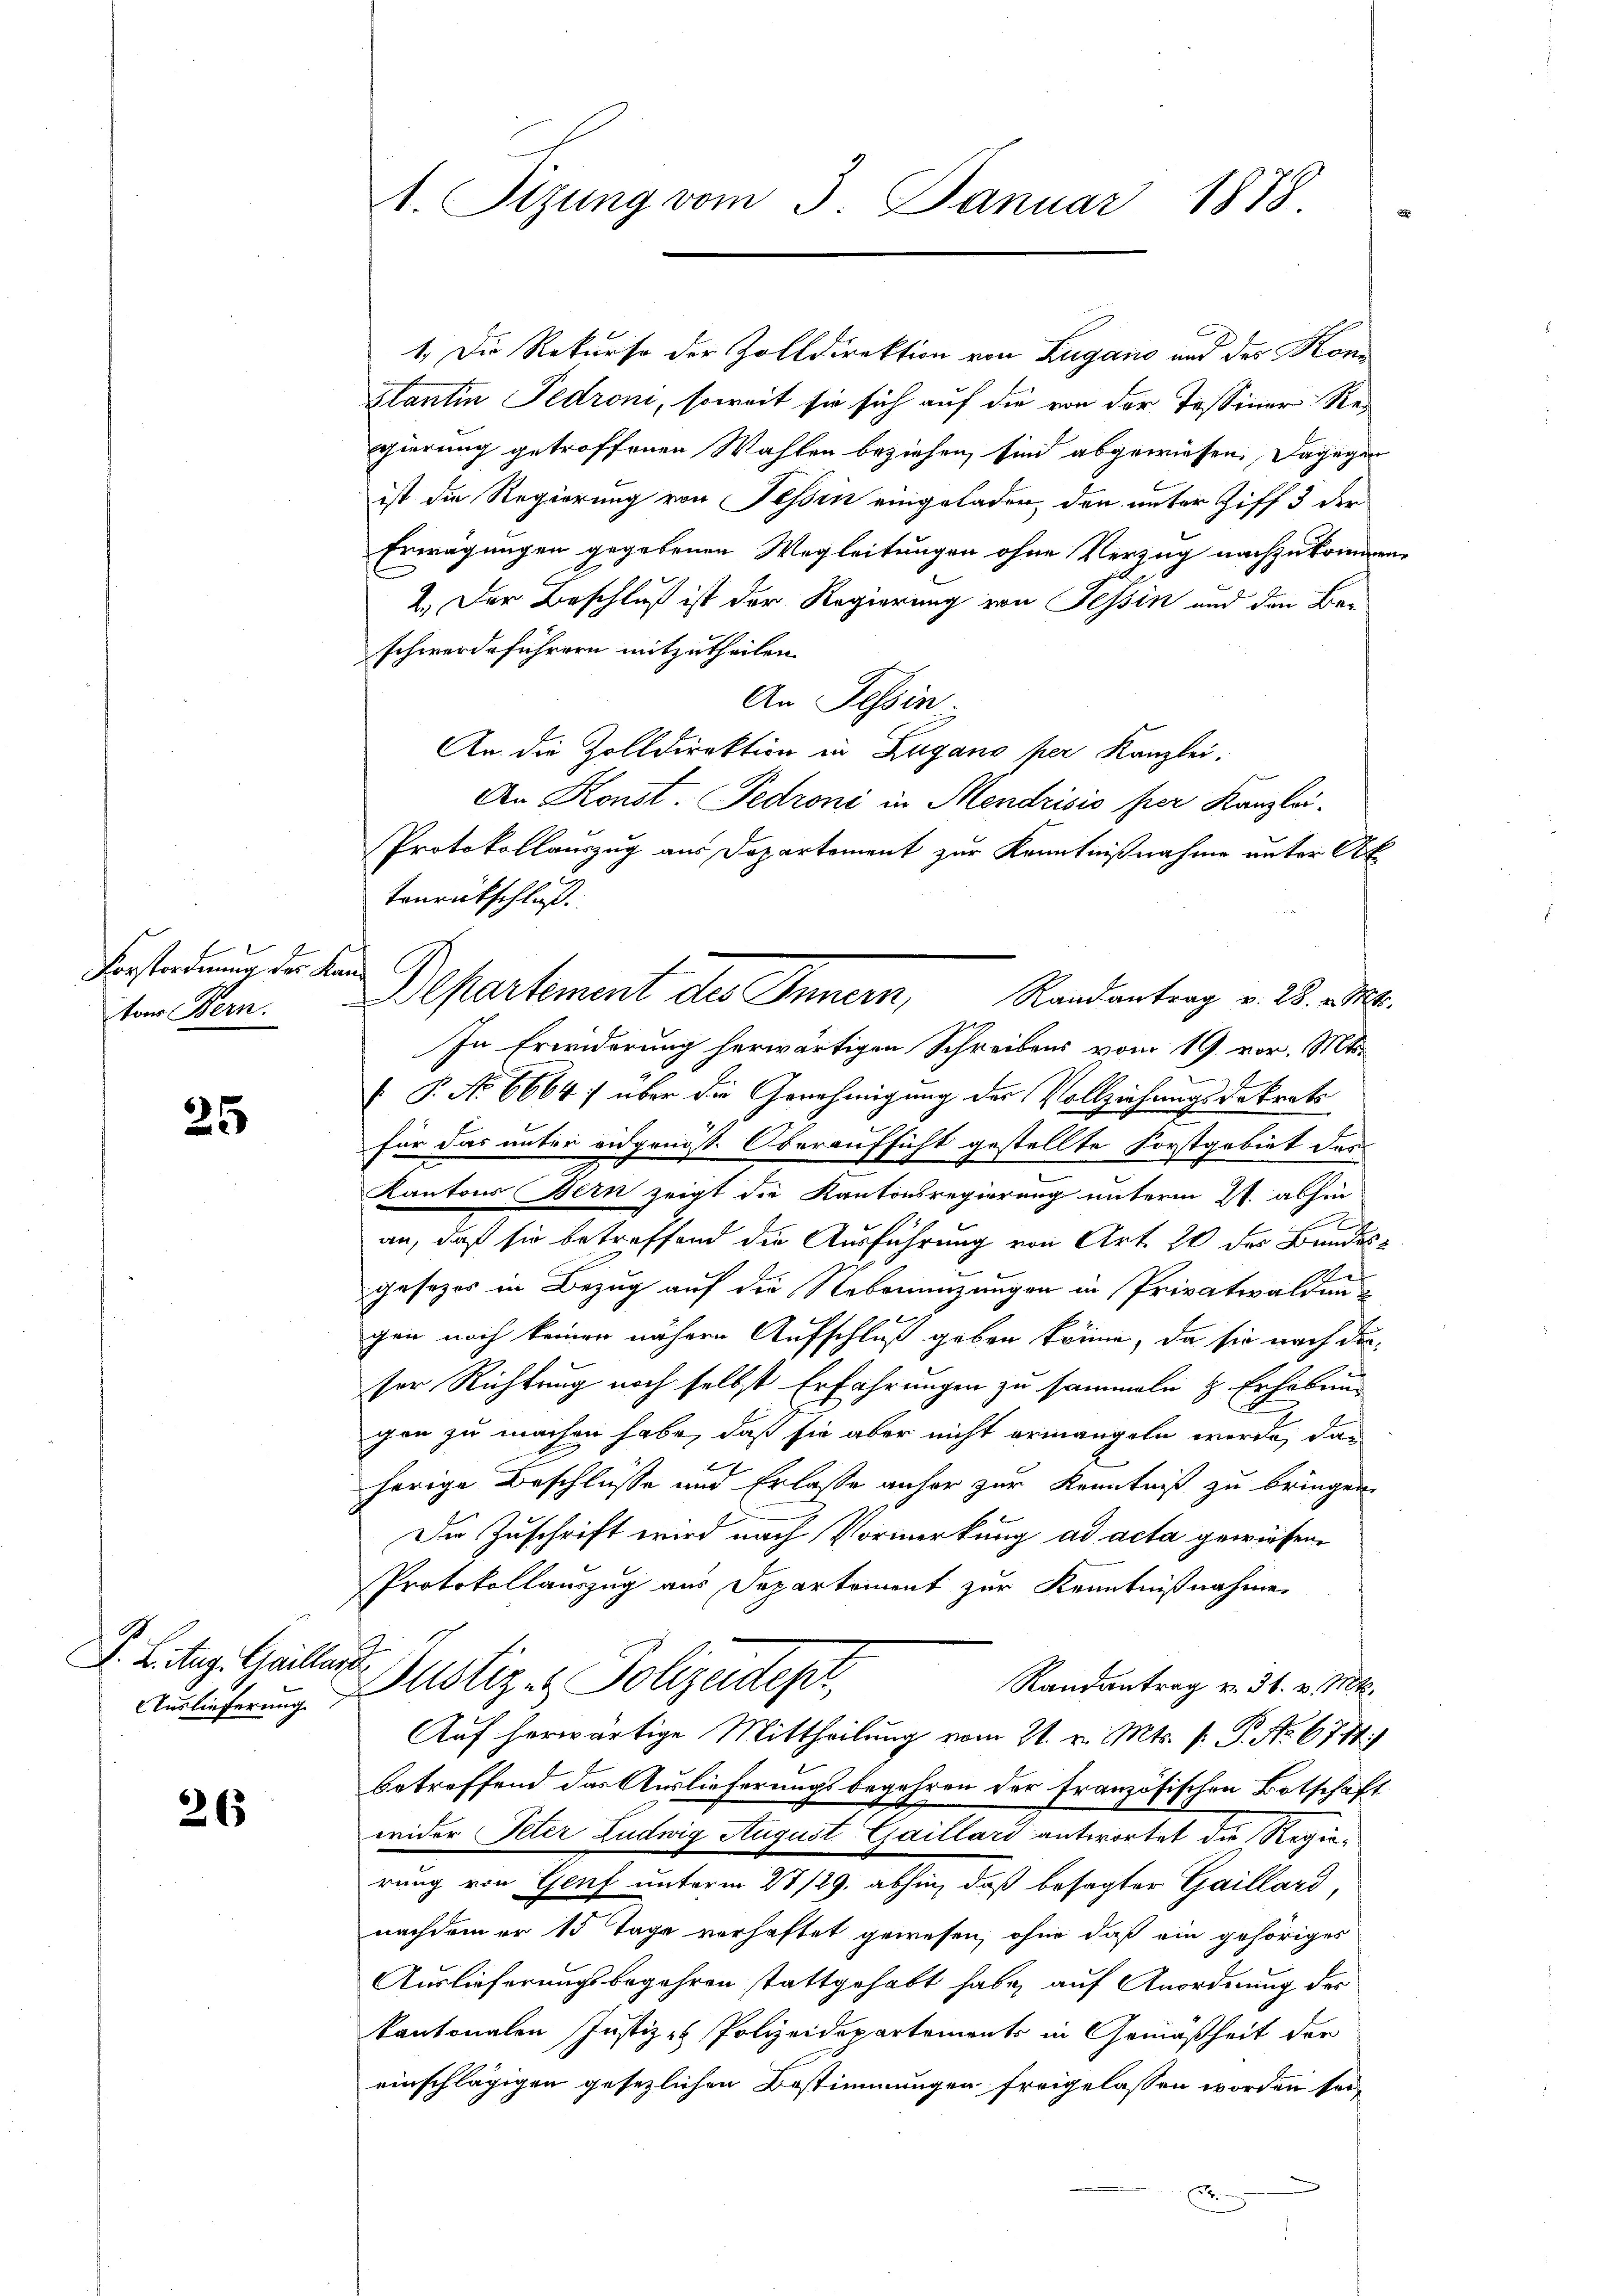
Vorstordnung der Kan

25

F. L. Aug. Guillard
Auslieferung

26

1. Sizung vom 3. Januar 1878.

1. Die Rekurse der Zolldirektion von Zugano und der Kons
stantin Fedroni, soweit sie sich auf die von der Tessiner Regierung getroffenen Wahlen beziehen, sind abgewiesen, dagegen
ist die Regierung von Tessin eingeladen, den unter Ziff. 3 der
Erwägungen gegebenen Wegleitungen ohne Verzug nachzukommen
2.) Der Beschluß ist der Regierung von Tessin und den Beschwerdeführern mitzutheilen.
An Tessin
An die Zolldirektion in Zugano per Kanzlei.
An Konst. Pedroni in Mendrisis her Kanzlei¬
Protokollauszug aus Departement zur Kenntnißnahme unter Ak
tonrückschluß.
In Erwiderung herwärtigen Schreibens vom 19. vor. Mts.
 P. No 6664) über die Genehmigung des Vollziehungsdekrat
für das unter eidgenoss. Oberaufsicht gestellte Forstgebiet des
Kantons Bern zeigt die Kantonsregierung unterm 21. abhin
x
an, daß sie betreffend die Ausführung von Art. 20 des Bundes¬
A
gesezes in Bezug auf die Nebenenzungen in Privatwaldau
gen nach keinen nähere Aufschluß geben könne, da sie nach dieser Richtung noch selbst Erfahrungen zu sammeln z. Erhoben
con zu machen habe, daß sie aber nicht ermangeln werde, das
herige Beschlüsse und Erlasse anher zur Kenntniß zu bringen.
Die Zuschrift wird nach Vormerkung ad acta gewiesen.
Protokollauszug aus Departement zur Kenntnißnahme
Justiz- & Polizeides,
Randantrag v. 31. v. Mt.
Auf herwärtige Mittheilung vom 21. v. Mts. f. P. No. 671.
betreffend das Auslieferungsbegehren der französischen Botschaft
wider Peter Ludwig August Gaillari antwortet die Regierung von Genf unterm 28/29. abhin, daß besagter Gaillard,
nachdem er 15 Tage vorhaftet gewesen, ohne daß ein gehöriges
Auslieferungsbegehren stattgehabt habe, auf Anordnung des
kantonalen Justiz & Polizeidepartements in Gemäßheit der
einschlägigen gesezlichen Bestimmungen freigelassen worden sei.
5

vom Bern. Departement des Inner, Randantrag v. 23. an